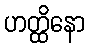
ဟတ္ထိနော